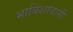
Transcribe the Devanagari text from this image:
भाबिशावानी